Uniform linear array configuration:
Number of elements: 64
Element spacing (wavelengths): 1
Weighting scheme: hann
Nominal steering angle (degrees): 0
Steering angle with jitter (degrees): -0.9104
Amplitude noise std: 0.05
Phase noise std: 0.05

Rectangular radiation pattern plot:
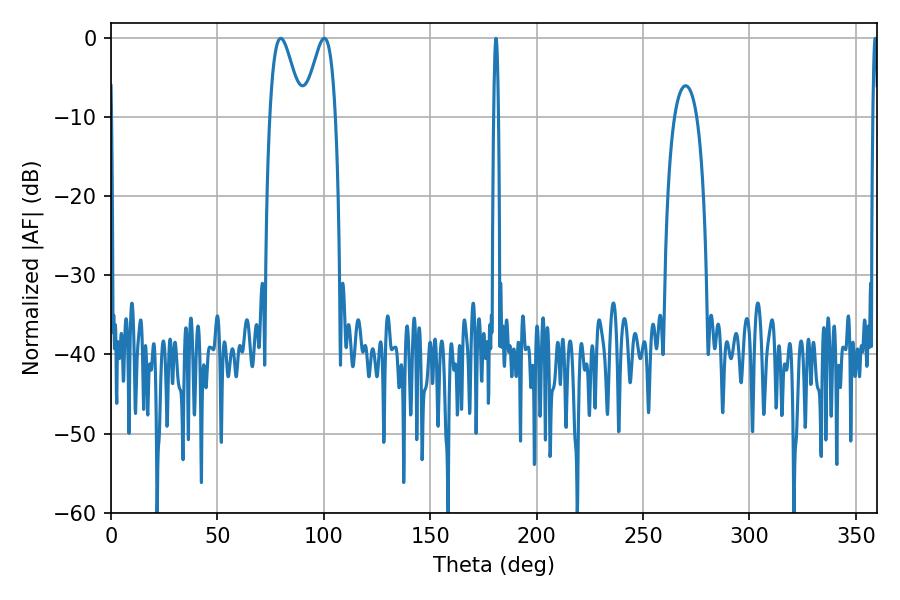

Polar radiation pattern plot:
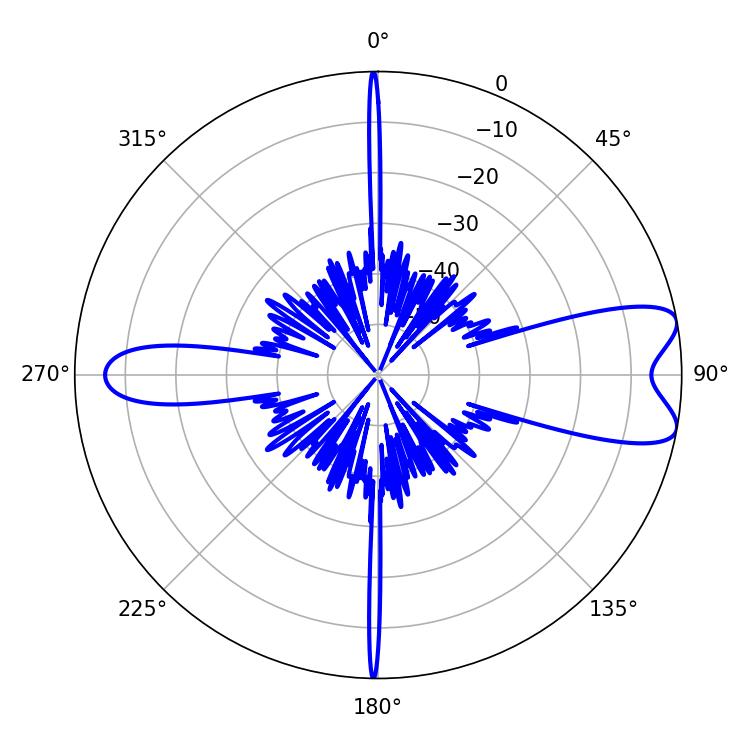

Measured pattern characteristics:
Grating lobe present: TRUE
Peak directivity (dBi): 8.827
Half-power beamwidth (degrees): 7.74
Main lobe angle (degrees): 79.74